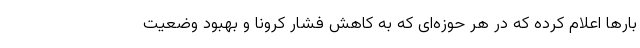
بارها اعلام کرده که در هر حوزه‌ای که به کاهش فشار کرونا و بهبود وضعیت